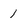
Character: 1